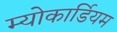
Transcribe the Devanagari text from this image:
म्योकार्डियम